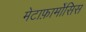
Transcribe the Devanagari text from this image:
मेटाफ़ार्मोसिस